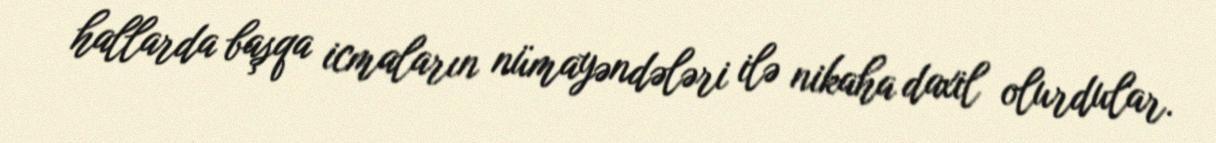
hallarda başqa icmaların nümayəndələri ilə nikaha daxil olurdular.